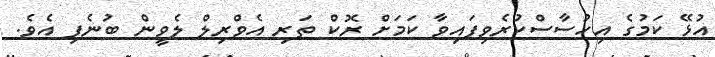
އުޅޭ ކަމުގެ އިހުސާސްކުރެވިފައިވާ ކަމަށް ރޮކް ތަރި އެވްރިލް ލެވީން ބުނެފި އެވެ.